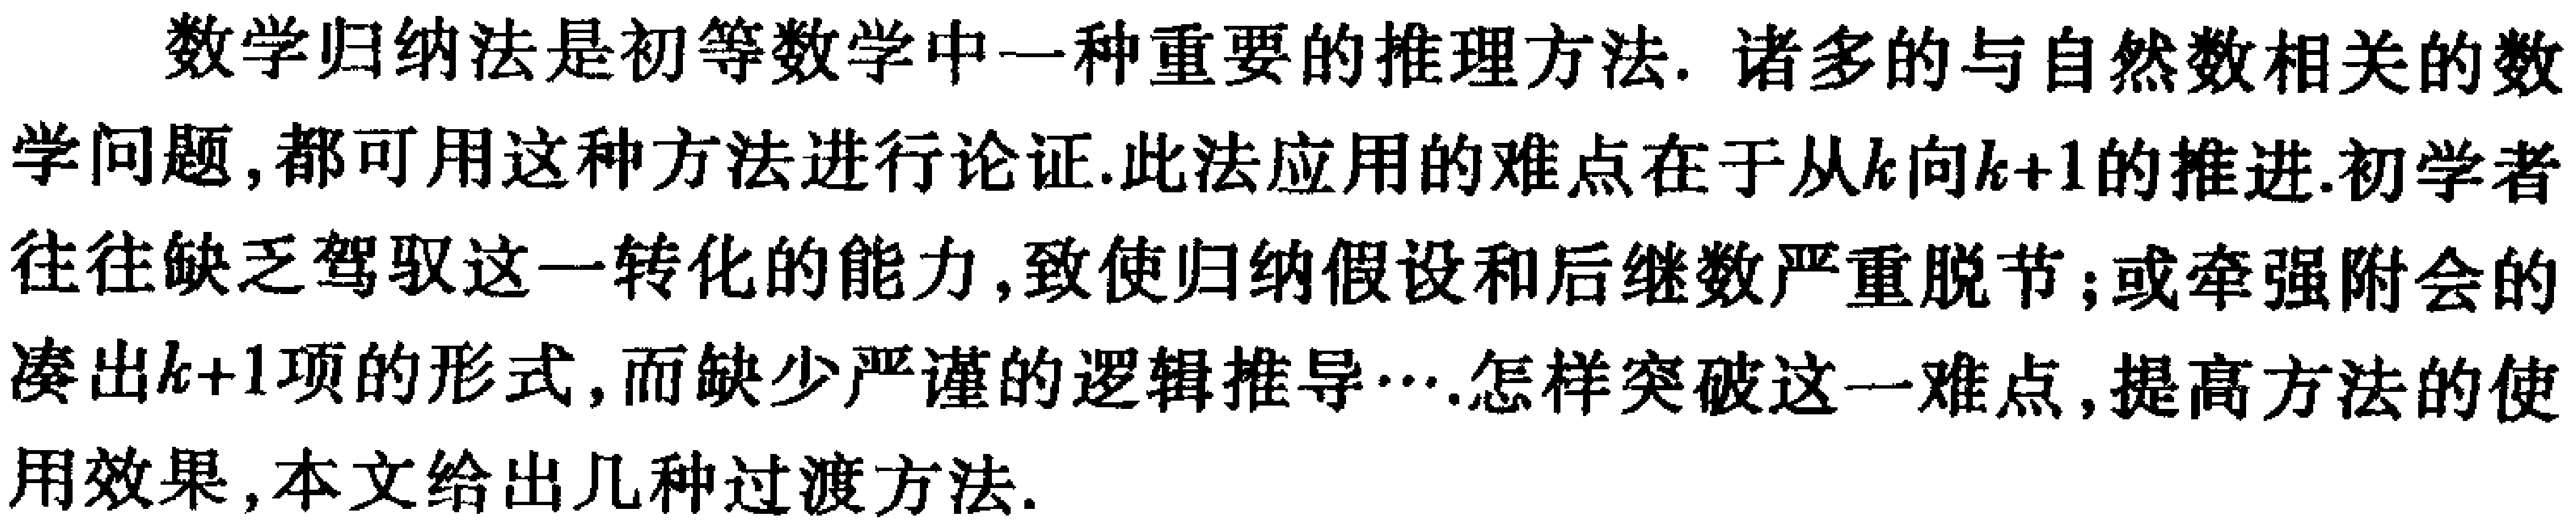
数学归纳法是初等数学中一种重要的推理方法. 诸多的与自然数相关的数学问题,都可用这种方法进行论证.此法应用的难点在于从\(k\)向\(k + 1\)的推进.初学者往往缺乏驾驭这一转化的能力,致使归纳假设和后继数严重脱节；或牵强附会的凑出\(k + 1\)项的形式,而缺少严谨的逻辑推导….怎样突破这一难点,提高方法的使用效果,本文给出几种过渡方法.